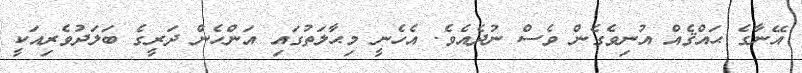
އޭނާގެ ޙައްޤެއް އުނިވެގެން ވެސް ނުދެއެވެ. އެހެނީ މިޙާލަތުގައި އަންހެން ދަރީގެ ބަލަދުވެރިއަކީ